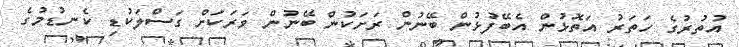
އުތުރުގެ ހަތަރު އަތޮޅުން އެބޭފުޅުން ބޭނުން ރަށަކުން ބޭނުން ވަރަކަށް ގަސްލަކުޑި ކެނޑުމުގެ